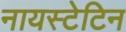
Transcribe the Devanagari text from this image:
नायस्टेटिन